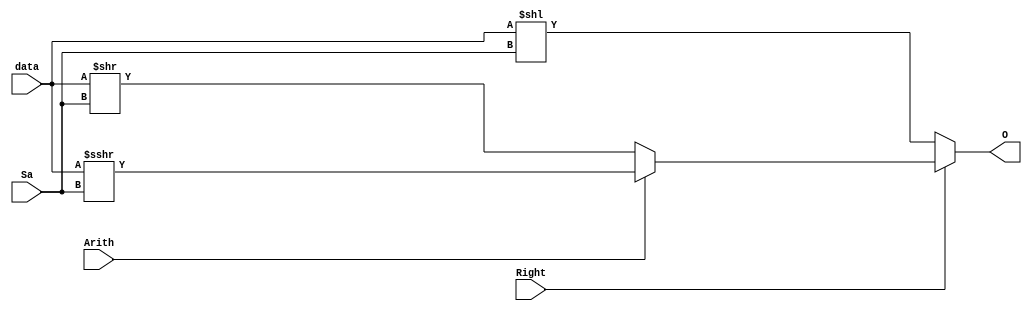
`timescale 1ns / 1ps
//////////////////////////////////////////////////////////////////////////////////
// Company: 
// Engineer: 
// 
// Design Name: 
// Module Name:    SHIFTER 
// Project Name: 
// Target Devices: 
// Tool versions: 
// Description: 
//
// Dependencies: 
//
// Revision: 
// Revision 0.01 - File Created
// Additional Comments: 
//
//////////////////////////////////////////////////////////////////////////////////
module SHIFTER(data, Sa, Right, Arith, O);
	input signed[31:0] data;
	input [4:0] Sa;
	input Right;
	input Arith;
	output reg [31:0] O;

	always @(*) begin
		if(!Right)			O = data << Sa;
		else if (!Arith)	O = data >> Sa;
		else 					O = data >>> Sa;
	end

endmodule